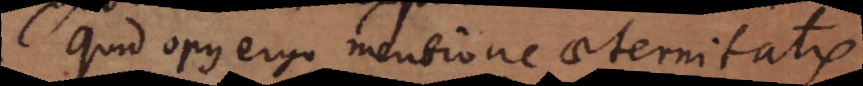
Quid opus ergo mentione aeternitati